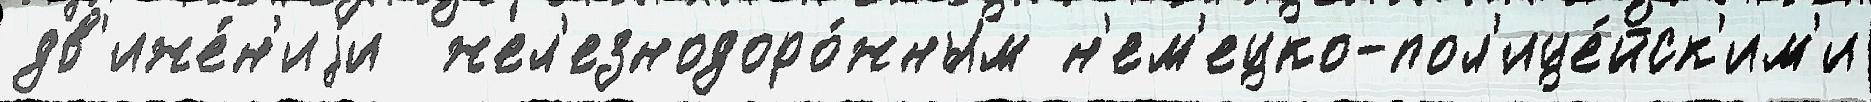
дв'иже́н'иjи  жел'езнодоро́жным н'ем'ецко-пол'ице́йск'им'и